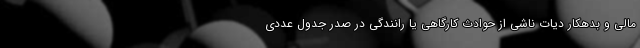
مالی و بدهکار دیات ناشی از حوادث کارگاهی یا رانندگی در صدر جدول عددی